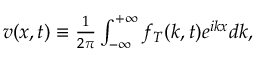
\begin{array} { r } { v ( x , t ) \equiv \frac { 1 } { 2 \pi } \int _ { - \infty } ^ { + \infty } f _ { T } ( k , t ) e ^ { i k x } d k , } \end{array}